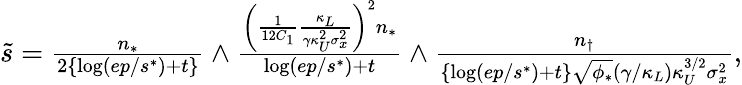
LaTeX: \begin{array}{r}{\tilde{s}=\frac{n_{*}}{2\{ \log(ep/s^{*})+t\} }\land\frac{\left(\frac{1}{12C_{1}}\frac{\kappa_{L}}{\gamma\kappa_{U}^{2}\sigma_{x}^{2}}\right)^{2}n_{*}}{\log(ep/s^{*})+t}\land\frac{n_{\dagger}}{\{ \log(ep/s^{*})+t\} \sqrt{\phi_{*}}(\gamma/\kappa_{L})\kappa_{U}^{3/2}\sigma_{x}^{2}},}\end{array}